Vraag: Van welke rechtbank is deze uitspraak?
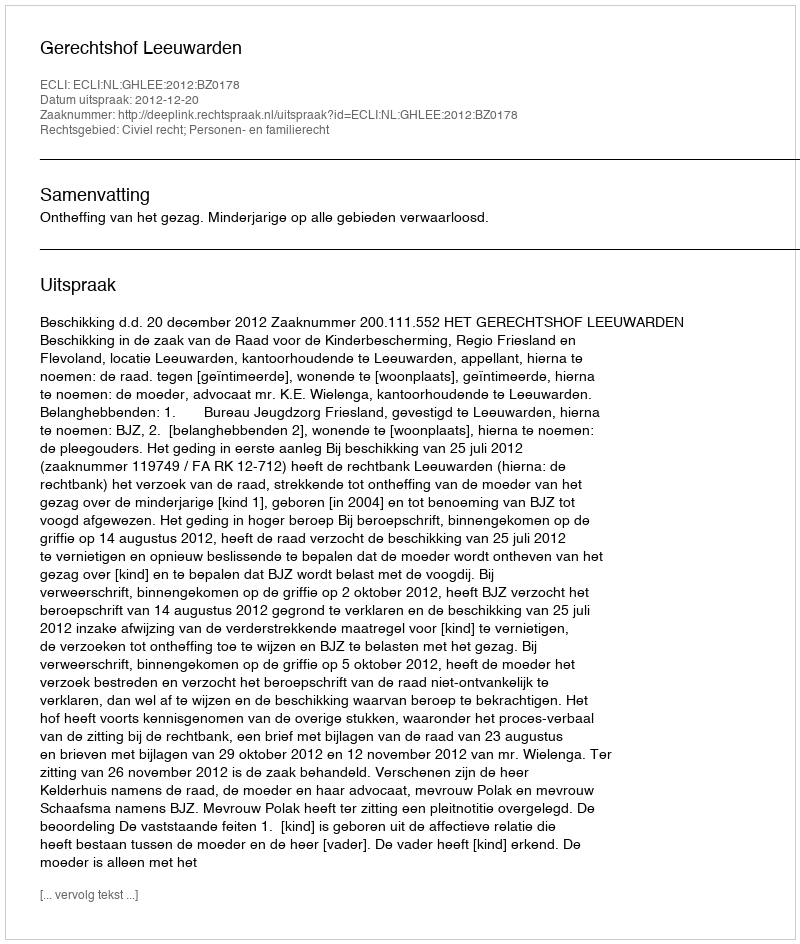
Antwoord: Gerechtshof Leeuwarden